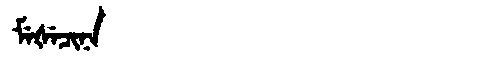
Manchu: ᠮᡝᡧᡝᠴᡳᠨᠠ
Romanization: MEŠECINA